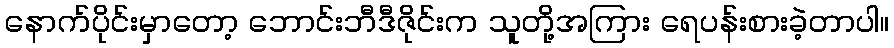
နောက်ပိုင်းမှာတော့ ဘောင်းဘီဒီဇိုင်းက သူတို့အကြား ရေပန်းစားခဲ့တာပါ။